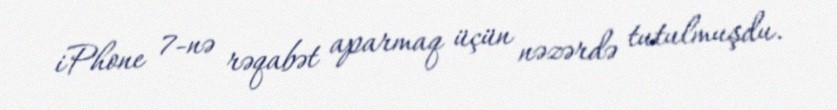
iPhone 7-nə rəqabət aparmaq üçün nəzərdə tutulmuşdu.